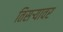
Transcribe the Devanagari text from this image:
तिसऱ्यावर